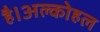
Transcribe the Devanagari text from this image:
है।अल्कोहल